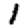
Digit: 1